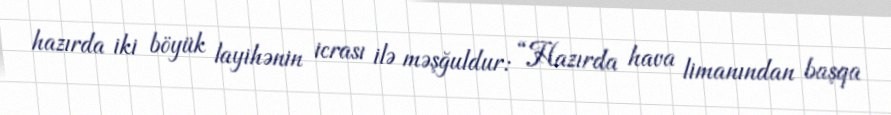
hazırda iki böyük layihənin icrası ilə məşğuldur: “Hazırda hava limanından başqa